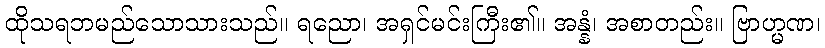
ထိုသရဘမည်သောသားသည်။ ရညော၊ အရှင်မင်းကြီး၏။ အန္နံ၊ အစာတည်း။ ဗြာဟ္မဏ၊